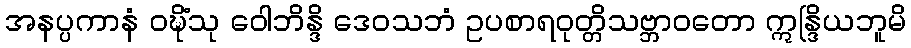
အနပ္ပကာနံ ဝဍ္ဎိံသု ဝေါဘိန္ဒိ ဒေဝသဘံ ဥပစာရဝုတ္တိသဗ္ဘာဝတော ဣန္ဒြိယဘူမိ